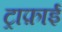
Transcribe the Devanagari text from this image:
ट्राफ़ाई